Annual statistical returns and brief notes on vaccination in Bengal - 1909-1929
Year: 1909
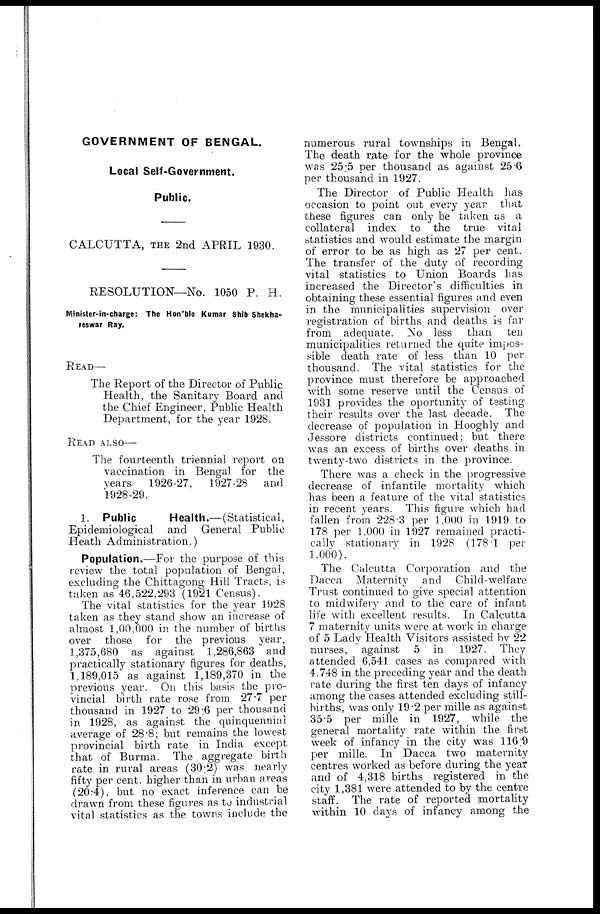
GOVERNMENT OF BENGAL.
Local Self-Government.
Public.
CALCUTTA, THE 2nd APRIL 1930.
RESOLUTION—No. 1050 P. H.
Minister-in-charge: The Hon'ble Kumar Shib Shekha-
reswar Ray.
READ—
The Report of the Director of Public
Health, the Sanitary Board and
the Chief Engineer, Public Health
Department, for the year 1928.
READ ALSO—
The fourteenth triennial report on
vaccination in Bengal for the
years
1926-27, 1927-28 and
1928-29.
1. Public
Health.—(Statistical,
Epidemiological and General Public
Heath Administration.)
Population.—For the purpose of this
review the total population of Bengal,
excluding the Chittagong Hill Tracts, is
taken as 46,522,293 (1921 Census).
The vital statistics for the year 1928
taken as they stand show an increase of
almost 1,00,000 in the number of births
over those for the previous year,
1,375,680 as against 1,286,863 and
practically stationary figures for deaths,
1,189,015 as against 1,189,370 in the
previous year. On this basis the pro-
vincial birth rate rose from 27.7 per
thousand in 1927 to 29.6 per thousand
in 1928, as against the quinquennial
average of 28.8; but remains the lowest
provincial birth rate in India except
that of Burma. The aggregate birth
rate in rural areas (30.2) was nearly
fifty per cent. higher than in urban areas
(20.4), but no exact inference can be
drawn from these figures as to industrial
vital statistics as the towns include the
numerous rural townships in Bengal.
The death rate for the whole province
was 25.5 per thousand as against 25.6
per thousand in 1927.
The Director of Public Health has
occasion to point out every year that
these figures can only be taken as a
collateral index to the true vital
statistics and would estimate the margin
of error to be as high as 27 per cent.
The transfer of the duty of recording
vital statistics to Union Boards has
increased the Director's difficulties in
obtaining these essential figures and even
in the municipalities supervision over
registration of births and deaths is far
from adequate. No less than ten
municipalities returned the quite impos-
sible death rate of less than 10 per
thousand. The vital statistics for the
province must therefore be approached
with some reserve until the Census of
1931 provides the oportunity of testing
their results over the last decade. The
decrease of population in Hooghly and
Jessore districts continued; but there
was an excess of births over deaths in
twenty-two districts in the province.
There was a check in the progressive
decrease of infantile mortality which
has been a feature of the vital statistics
in recent years. This figure which had
fallen from 228.3 per 1,000 in 1919 to
178 per 1,000 in 1927 remained practi-
cally stationary in 1928 (178.1 per
1,000).
The Calcutta Corporation and the
Dacca Maternity and Child-welfare
Trust continued to give special attention
to midwifery and to the care of infant
life with excellent results. In Calcutta
7 maternity units were at work in charge
of 5 Lady Health Visitors assisted by 22
nurses, against 5 in 1927. They
attended 6,541 cases as compared with
4.748 in the preceding year and the death
rate during the first ten days of infancy
among the cases attended excluding still-
births, was only 19.2 per mille as against
35.5 per mille in 1927, while the
general mortality rate within the first
week of infancy in the city was 116.9
per mille. In Dacca two maternity
centres worked as before during the year
and of 4,318 births registered in the
city 1,381 were attended to by the centre
staff. The rate of reported mortality
within 10 days of infancy among the